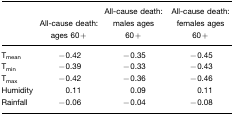
<table><thead><tr><td>[EMPTY_CELL]</td><td><b>All-cause death: ages 60+</b></td><td><b>All-cause death: males ages 60+</b></td><td><b>All-cause death: females ages 60+</b></td></tr></thead><tbody><tr><td>T<sub>mean</sub></td><td>−0.42</td><td>−0.35</td><td>−0.45</td></tr><tr><td>T<sub>min</sub></td><td>−0.39</td><td>−0.33</td><td>−0.43</td></tr><tr><td>T<sub>max</sub></td><td>−0.42</td><td>−0.36</td><td>−0.46</td></tr><tr><td>Humidity</td><td>0.11</td><td>0.09</td><td>0.11</td></tr><tr><td>Rainfall</td><td>−0.06</td><td>−0.04</td><td>−0.08</td></tr></tbody></table>